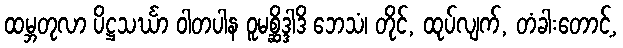
ထမ္ဘတုလာ ပိဋ္ဌသင်္ဃာ ဝါတပါန ဝူမစ္ဆိဒ္ဒါဒိ ဘေသံ၊ တိုင်, ထုပ်လျက်, တံခါးတောင့်,